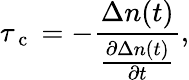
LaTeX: \tau_{\mathrm{~c~}}=-\frac{\Delta n(t)}{\frac{\partial\Delta n(t)}{\partial t}},